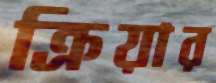
ক্রিয়ার